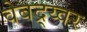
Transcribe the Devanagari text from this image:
वेबद्र्य्वर